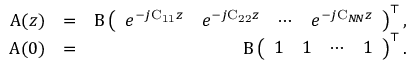
\begin{array} { r l r } { \boldsymbol { \mathrm { A } } ( z ) } & { = } & { \boldsymbol { \mathrm { B } } \left( \begin{array} { l l l l } { e ^ { - j \mathrm { C _ { 1 1 } } z } } & { e ^ { - j \mathrm { C _ { 2 2 } } z } } & { \cdots } & { e ^ { - j \mathrm { C } _ { N \! N } z } } \end{array} \right) ^ { \top } , } \\ { \boldsymbol { \mathrm { A } } ( 0 ) } & { = } & { \boldsymbol { \mathrm { B } } \left( \begin{array} { l l l l } { 1 } & { 1 } & { \cdots } & { 1 } \end{array} \right) ^ { \top } . } \end{array}